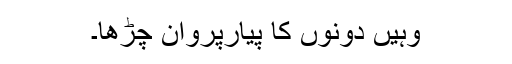
وہیں دونوں کا پیارپروان چڑھا۔